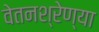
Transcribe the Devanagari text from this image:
वेतनश्रेण्या